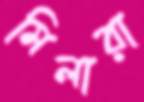
মিলারা